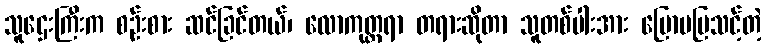
သူဌေးကြီးက စဉ်းစား ဆင်ခြင်တယ်၊ လောကုတ္တရာ တရားဆိုတာ သူတစ်ပါးအား ပြောမပြသင့်တဲ့